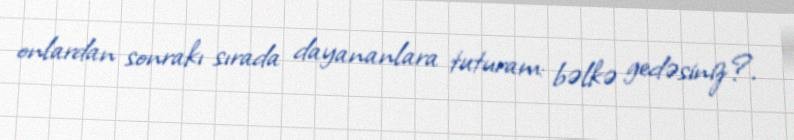
onlardan sonrakı sırada dayananlara tuturam: bəlkə gedəsiniz?.